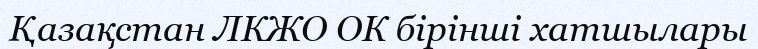
Қазақстан ЛКЖО ОК бірінші хатшылары